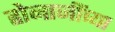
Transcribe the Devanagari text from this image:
होनाजींच्या